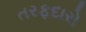
તરફદારો